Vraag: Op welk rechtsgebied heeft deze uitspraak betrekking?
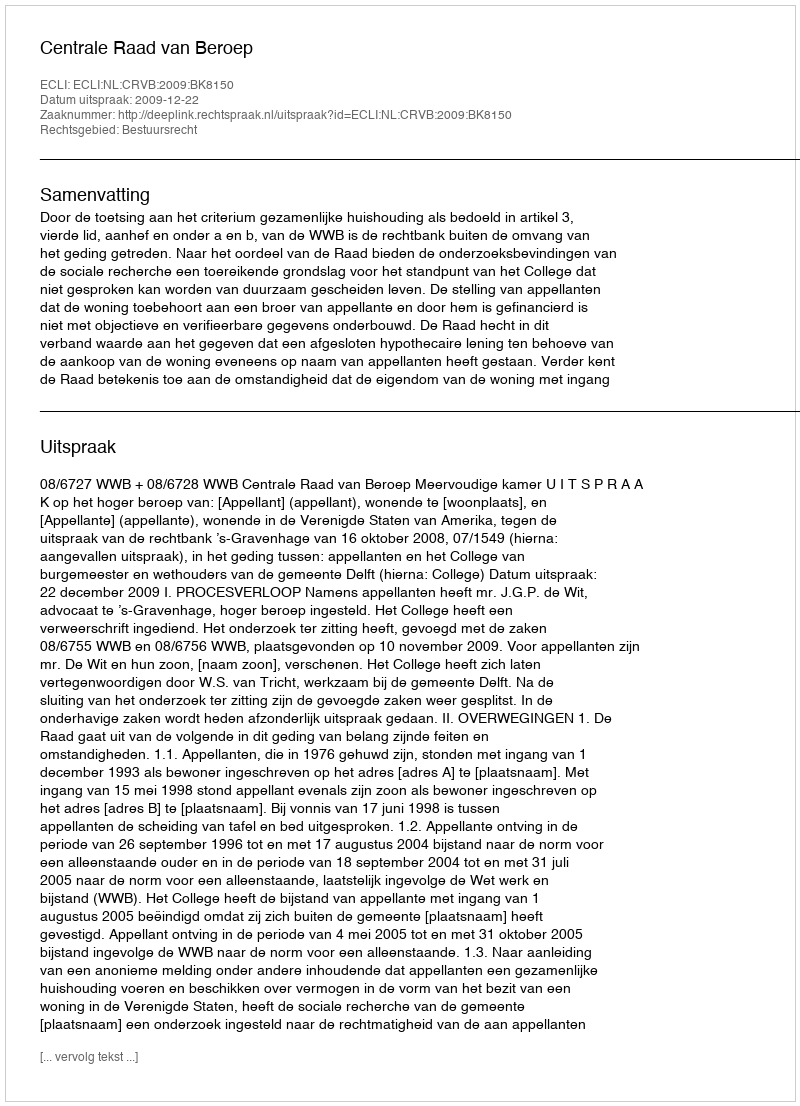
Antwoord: Bestuursrecht